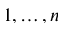
1 , \dots , n